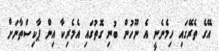
އޭގެ ތެރޭގައި ހިމެނެނީ އެ ނޫހުން ބުނި ގޮތުގައި އެމެރިކާ އިން ޕާކިސްތާނަށް